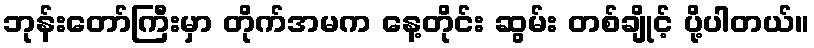
ဘုန်းတော်ကြီးမှာ တိုက်အမက နေ့တိုင်း ဆွမ်း တစ်ချိုင့် ပို့ပါတယ်။